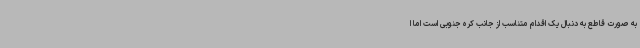
به صورت قاطع به دنبال یک اقدام متناسب از جانب کره جنوبی است اما ا